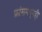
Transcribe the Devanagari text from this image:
फ्रांसमधूनही